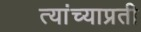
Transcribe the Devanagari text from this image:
त्यांच्याप्रती